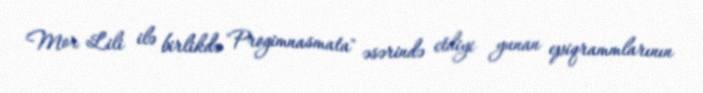
Mor Lili ilə birlikdə "Progimnasmata" əsərində etdiyi yunan epiqrammlarının